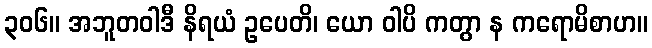
၃၀၆။ အဘူတဝါဒီ နိရယံ ဥပေတိ၊ ယော ဝါပိ ကတွာ န ကရောမိစာဟ။